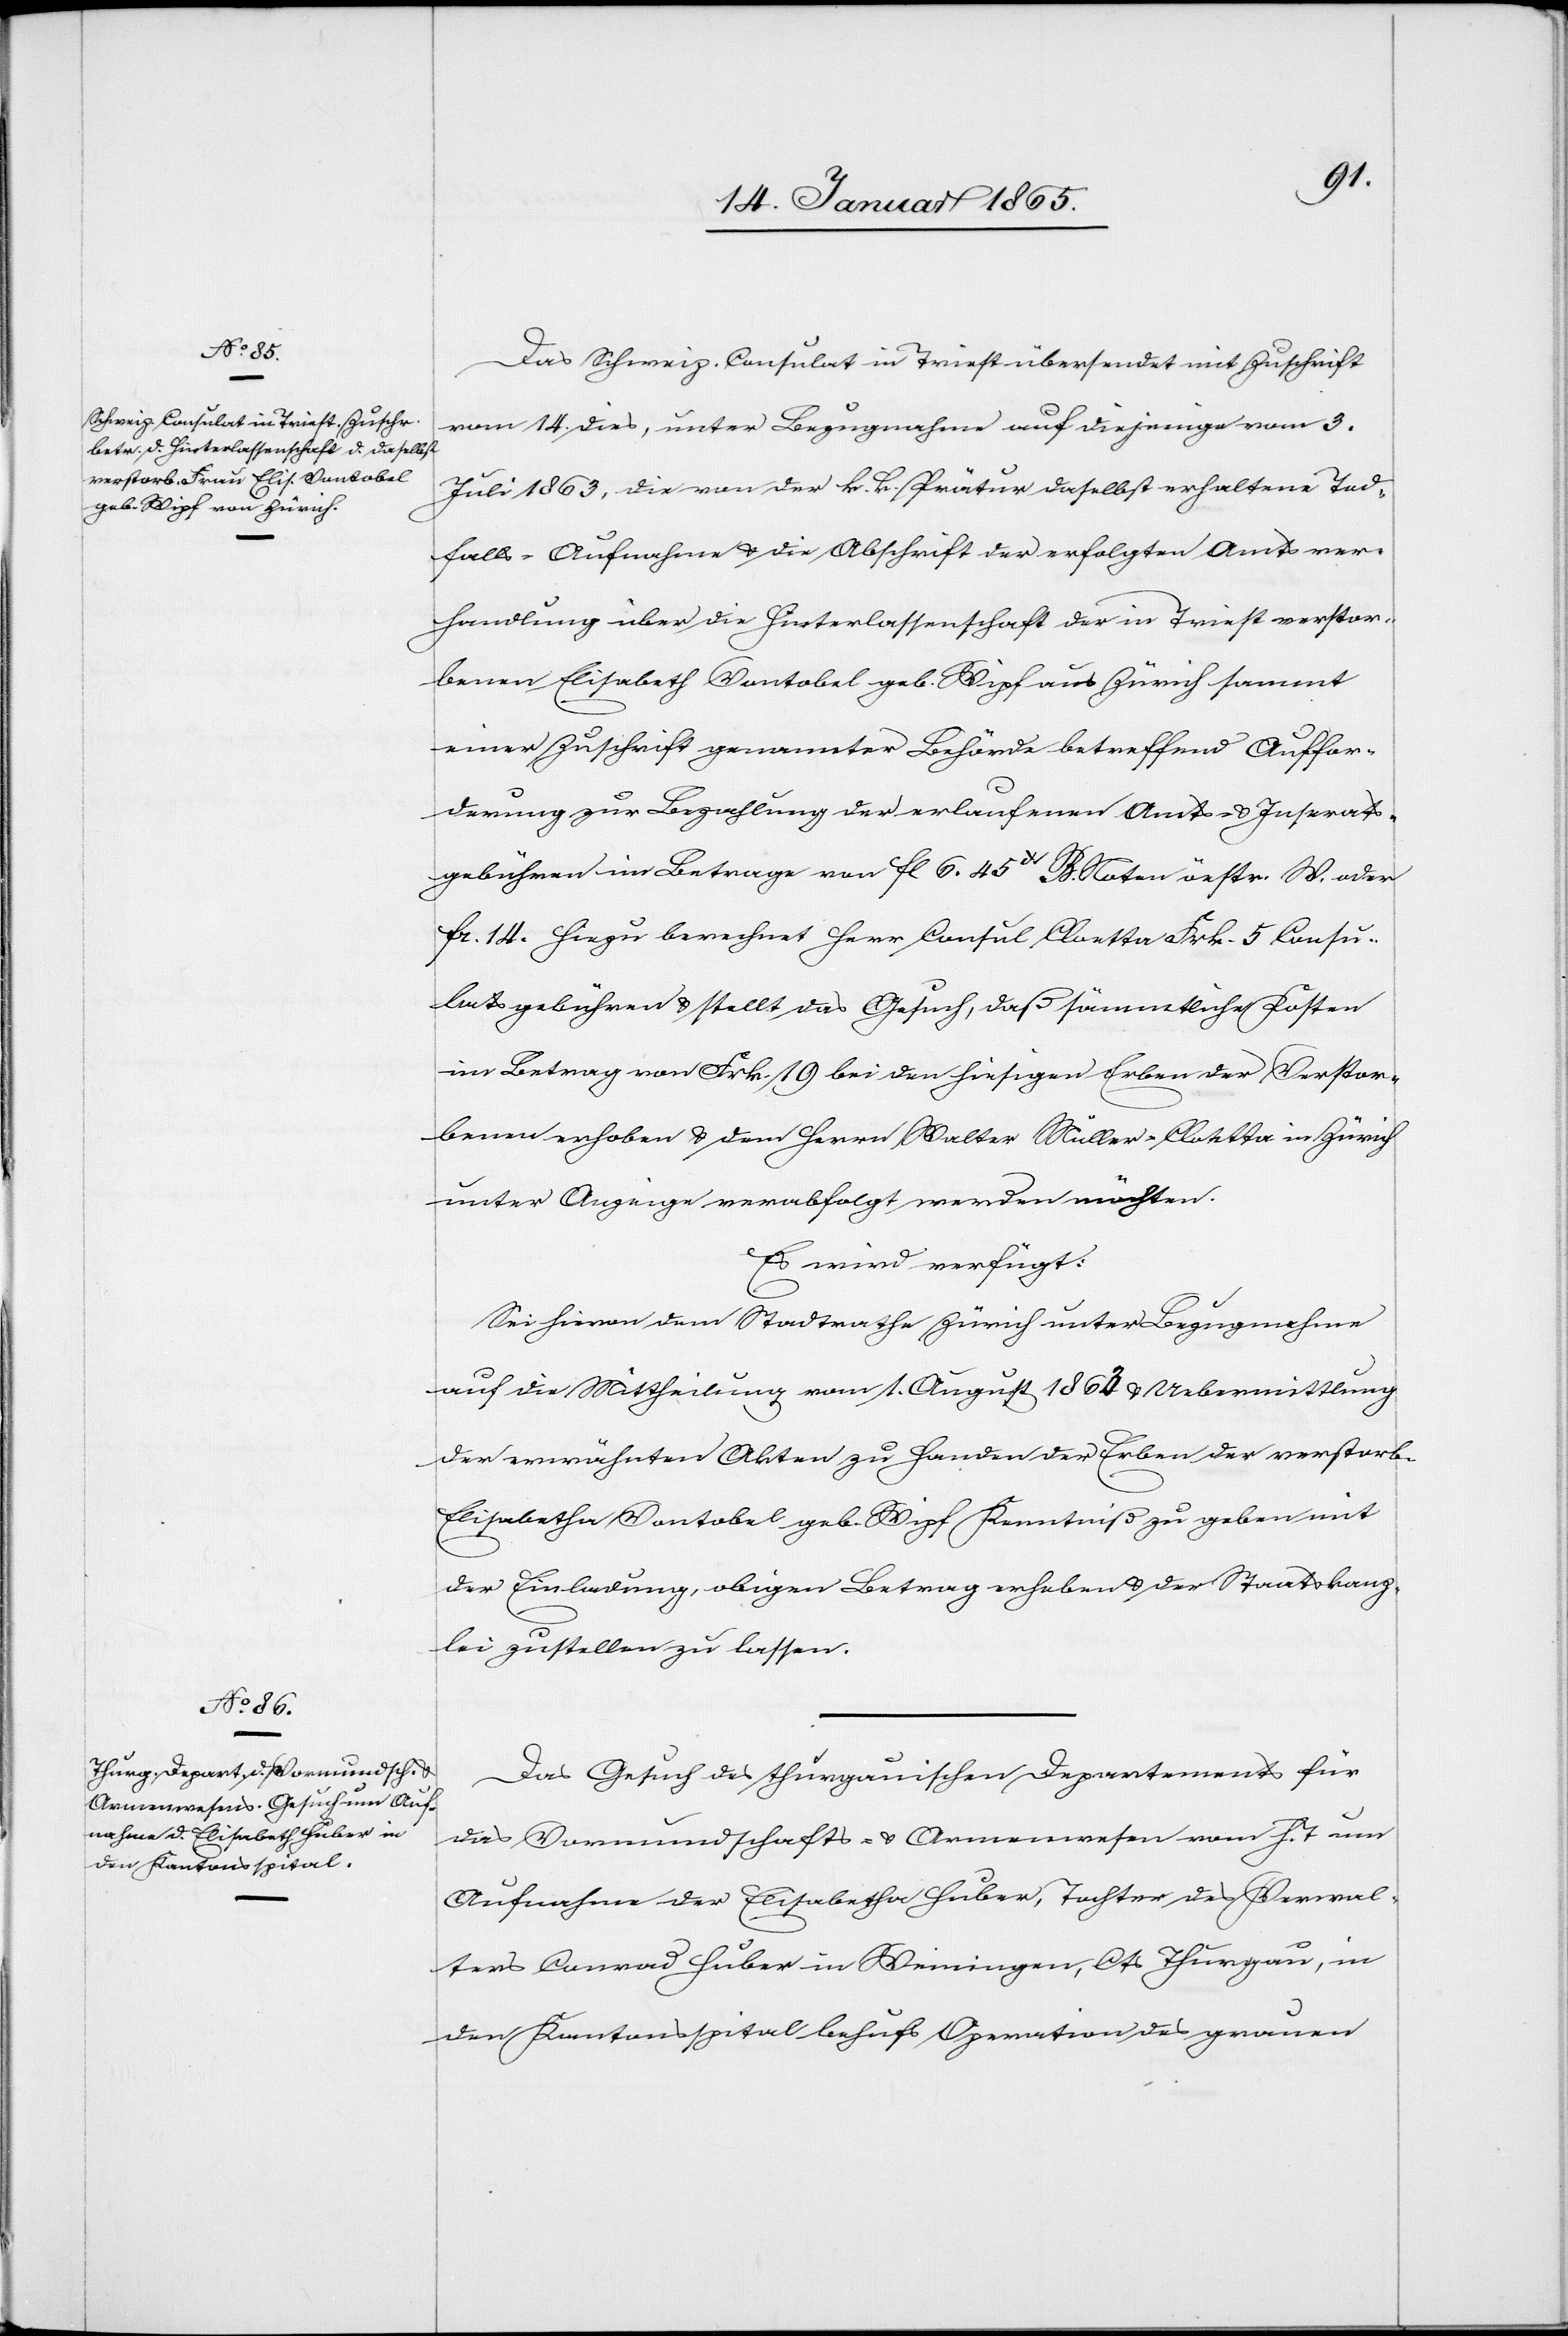
19. Januar 1865.]
Das Schweiz. Consulat in Triest übersendet mit Zuschrift
vom 14. dies, unter Bezugnahme auf diejenige vom 3.
Juli 1863, die von der k. k. Prätur daselbst erhaltene Tod¬
falls-Aufnahme u. die Abschrift der erfolgten Amtsver¬
handlung über die Hinterlassenschaft der in Triest verstor¬
benen Elisabeth Vontobel geb. Wipf aus Zürich sammt
einer Zuschrift genannter Behörde betreffend Auffor¬
derung zur Bezahlung der erlaufenen Amts- u. Inserats¬
gebühren im Betrage von fl 6. 45Xr B. Noten öestr. W. oder
fr. 14. Hiezu berechnet Herr Consul Cloetta Frk. 5 Consu¬
latsgebühren u. stellt das Gesuch, daß sämmtliche Kosten
im Betrag von Frk. 19 bei den hiesigen Erben der Verstor¬
benen erhoben u. dem Herrn Walter Müller-Cloetta in Zürich
unter Anzeige verabfolgt werden möchten.
Es wird verfügt:
Sei hievon dem Stadtrathe Zürich unter Bezugnahme
auf die Mittheilung vom 1. August 1863 u. Uebermittlung
der erwähnten Akten zu Handen der Erben der verstorb.
Elisabetha Vontobel geb. Wipf Kenntniß zu geben mit
der Einladung, obigen Betrag erheben u. der Staatskanz¬
lei zustellen zu lassen.
Das Gesuch des thurgauischen Departements für
das Vormundschafts- u. Armenwesen vom h. T um
Aufnahme der Elisabetha Huber, Tochter des Verwal¬
ters Conrad Huber in Weiningen, Cts Thurgau, in
den Kantonsspital behufs Operation des grauen